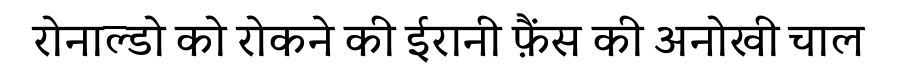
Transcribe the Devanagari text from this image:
रोनाल्डो को रोकने की ईरानी फ़ैंस की अनोखी चाल